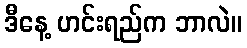
ဒီနေ့ ဟင်းရည်က ဘာလဲ။